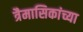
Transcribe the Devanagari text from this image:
त्रैमासिकांच्या